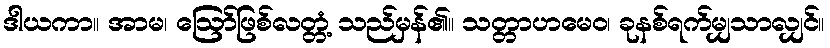
ဒါယကာ။ အာမ၊ ဩော်ဖြစ်လတ္တံ့ သည်မှန်၏။ သတ္တာဟမေဝ၊ ခုနစ်ရက်မျှသာလျှင်။